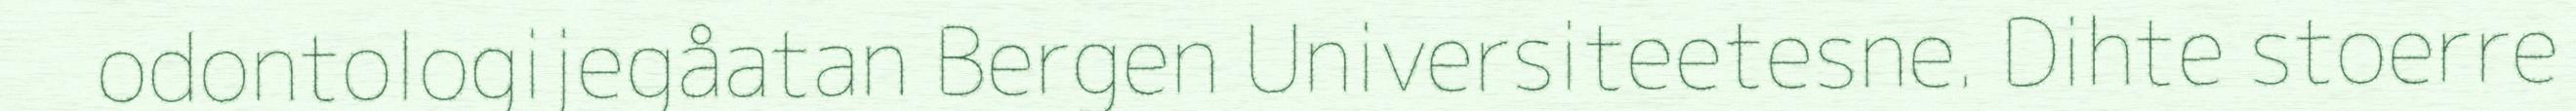
odontologijegåatan Bergen Universiteetesne. Dihte stoerre